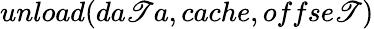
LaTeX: unload(da\mathscr{T}a,cache,offse\mathscr{T})